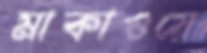
মাকাওয়ে